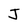
Character: J